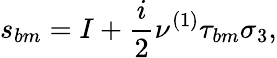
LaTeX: s_{bm}=I+\frac{i}{2}\nu^{\left(1\right)}\tau_{bm}\sigma_{3},